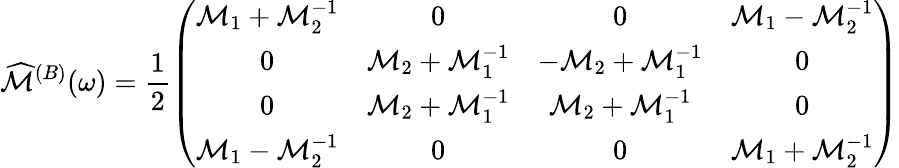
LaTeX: \widehat{\cal M}^{(B)}(\omega)=\frac{1}{2}\left(\begin{array}{cccc}{{{\cal M}_{1}+{\cal M}_{2}^{-1}}}&{{0}}&{{0}}&{{{\cal M}_{1}-{\cal M}_{2}^{-1}}}\\ {{0}}&{{{\cal M}_{2}+{\cal M}_{1}^{-1}}}&{{-{\cal M}_{2}+{\cal M}_{1}^{-1}}}&{{0}}\\ {{0}}&{{{\cal M}_{2}+{\cal M}_{1}^{-1}}}&{{{\cal M}_{2}+{\cal M}_{1}^{-1}}}&{{0}}\\ {{{\cal M}_{1}-{\cal M}_{2}^{-1}}}&{{0}}&{{0}}&{{{\cal M}_{1}+{\cal M}_{2}^{-1}}}\end{array}\right)